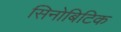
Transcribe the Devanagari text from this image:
सिनोबिटिक